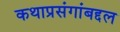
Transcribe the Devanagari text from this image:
कथाप्रसंगांबद्दल